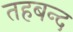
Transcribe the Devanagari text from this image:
तहबन्द